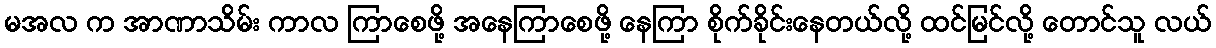
မအလ က အာဏာသိမ်း ကာလ ကြာစေဖို့ အနေကြာစေဖို့ နေကြာ စိုက်ခိုင်းနေတယ်လို့ ထင်မြင်လို့ တောင်သူ လယ်